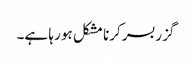
گزربسر کرنا مشکل ہو رہا ہے۔